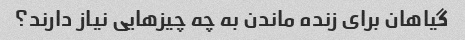
گیاهان برای زنده ماندن به چه چیزهایی نیاز دارند؟